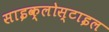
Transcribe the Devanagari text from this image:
साइक्लोस्टाइल